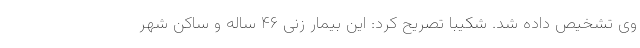
وی تشخیص داده شد. شکیبا تصریح کرد: این بیمار زنی ۴۶ ساله و ساکن شهر